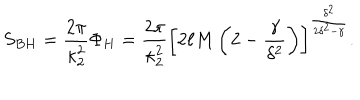
LaTeX: S _ { B H } = { \frac { 2 \pi } { \kappa _ { 2 } ^ { 2 } } } \Phi _ { H } = { \frac { 2 \pi } { \kappa _ { 2 } ^ { 2 } } } \left[ 2 \ell M \left( 2 - { \frac { \gamma } { \delta ^ { 2 } } } \right) \right] ^ { \frac { \delta ^ { 2 } } { 2 \delta ^ { 2 } - \gamma } } .